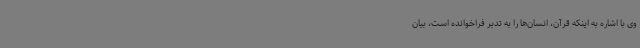
وی با اشاره به اینکه قرآن، انسان‌ها را به تدبر فراخوانده است، بیان